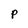
Character: p